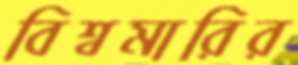
বিশ্বমারির